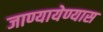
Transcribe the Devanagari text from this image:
जाण्यायेण्यास